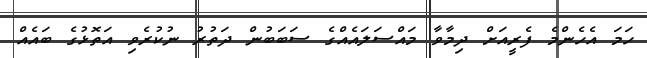
ހަމަ އެހެންމެ ފެރީއަށް ދިމާވާ މައްސަލައެއްގެ ސަބަބުން ދަތުރު ނުކުރެވި އަތޮޅުގެ ބައެއް